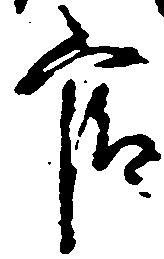
官